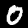
Digit: 0